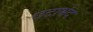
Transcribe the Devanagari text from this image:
छटाभेद